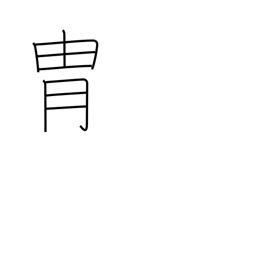
Meaning: bloodline